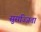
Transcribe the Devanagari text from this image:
सुसज्जिता